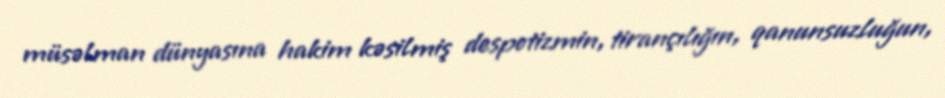
müsəlman dünyasına hakim kəsilmiş despotizmin, tirançılığın, qanunsuzluğun,